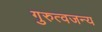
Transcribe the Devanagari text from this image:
गुरुत्वजन्य